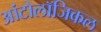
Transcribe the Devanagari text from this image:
आंटोलॉजिकल